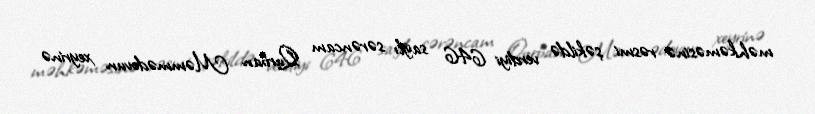
məhkəməsinə rəsmi şəkildə verdiyi 646 saylı sərəncam Qurban Məmmədovun xeyrinə